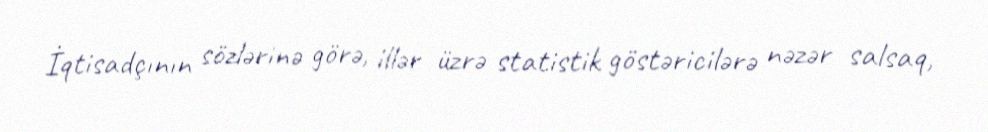
İqtisadçının sözlərinə görə, illər üzrə statistik göstəricilərə nəzər salsaq,